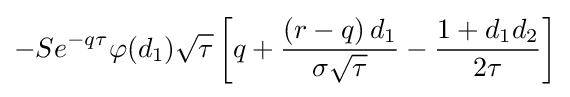
-Se^{-q\tau }\varphi (d_{1}){\sqrt {\tau }}\left[q+{\frac {\left(r-q\right)d_{1}}{\sigma {\sqrt {\tau }}}}-{\frac {1+d_{1}d_{2}}{2\tau }}\right]